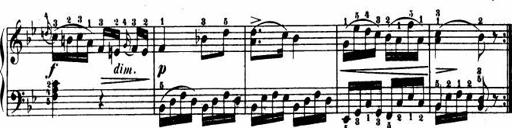
Title: Le bouquetier
Composer: Anton Diabelli
Key: G major
 C major
 F major
 C major